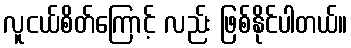
လူငယ်စိတ်ကြောင့် လည်း ဖြစ်နိုင်ပါတယ်။